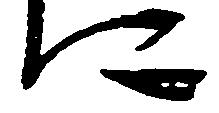
に